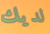
لديك